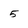
Character: 5